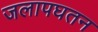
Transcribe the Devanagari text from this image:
जलापघतन